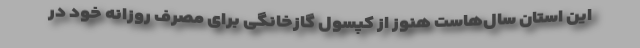
این استان سال‌هاست هنوز از کپسول گازخانگی برای مصرف روزانه خود در